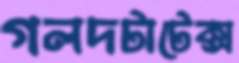
গলদটাটেক্স